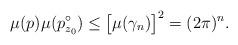
LaTeX: \begin{align*}\mu(p) \mu(p_{z_0}^\circ) \leq \big[\mu(\gamma_n)\big]^2=(2\pi)^n. \end{align*}